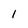
Character: l